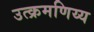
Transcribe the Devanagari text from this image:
उत्क्रमणिय्य